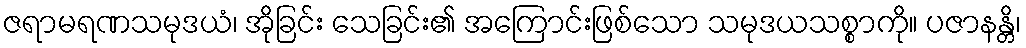
ဇရာမရဏသမုဒယံ၊ အိုခြင်း သေခြင်း၏ အကြောင်းဖြစ်သော သမုဒယသစ္စာကို။ ပဇာနန္တိ၊